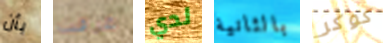
بأن عرفت لدي بالثانية كوكر